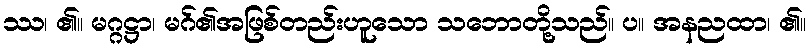
ဿ၊ ၏။ မဂ္ဂဋ္ဌာ၊ မဂ်၏အဖြစ်တည်းဟူသော သဘောတို့သည်။ ပ။ အနညထာ၊ ၏။